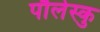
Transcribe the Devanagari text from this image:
पौलेस्कु